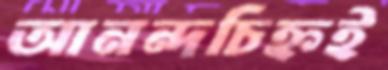
আনন্দচিহ্নই